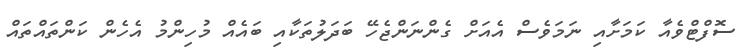
ސޮފްޓްވެއާ ކަމަށާއި ނަމަވެސް އެއަށް ގެންނަންޖެހޭ ބަދަލުތަކާއި ބައެއް މުހިންމު އެހެން ކަންތައްތައް